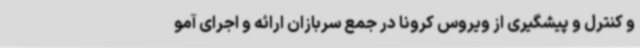
و کنترل و پیشگیری از ویروس کرونا در جمع سربازان ارائه و اجرای آمو